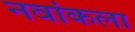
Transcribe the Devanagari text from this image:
नवांकला